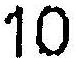
10